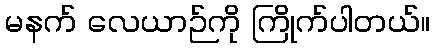
မနက် လေယာဉ်ကို ကြိုက်ပါတယ်။